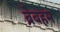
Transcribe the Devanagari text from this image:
ब्रेबहम